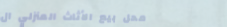
محل بيع الأثاث المنزلي ال